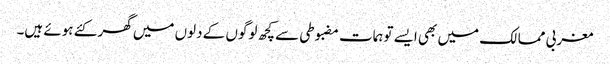
مغربی ممالک میں بھی ایسے توہمات مضبوطی سے کچھ لوگوں کے دلوں میں گھر کئے ہوئے ہیں۔